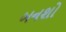
બનશો